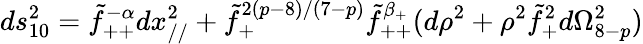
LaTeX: ds_{10}^{2}=\tilde{f}_{++}^{-\alpha}dx_{//}^{2}+\tilde{f}_{+}^{2(p-8)/(7-p)}\tilde{f}_{++}^{\beta_{+}}(d\rho^{2}+\rho^{2}\tilde{f}_{+}^{2}d\Omega_{8-p}^{2})